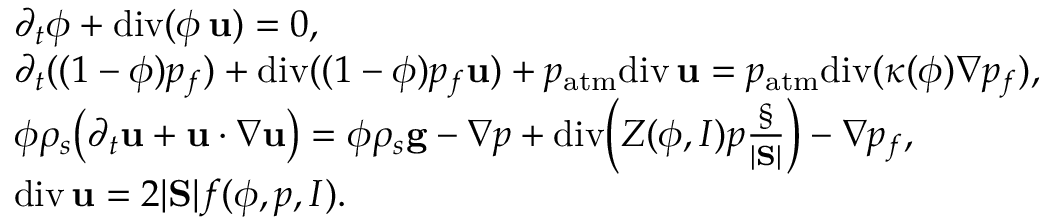
\begin{array} { r l } & { \partial _ { t } \phi + \mathrm { d i v } ( \phi \, { \bf u } ) = 0 , } \\ & { \partial _ { t } ( ( 1 - \phi ) p _ { f } ) + \mathrm { d i v } ( ( 1 - \phi ) p _ { f } { \bf u } ) + p _ { \mathrm { a t m } } \mathrm { d i v } \, { \bf u } = p _ { \mathrm { a t m } } \mathrm { d i v } ( \kappa ( \phi ) \nabla p _ { f } ) , } \\ & { \phi \rho _ { s } \big ( \partial _ { t } { \bf u } + { \bf u } \boldsymbol { \cdot } \nabla { \bf u } \big ) = \phi \rho _ { s } { \bf g } - \nabla p + \mathrm { d i v } \Big ( Z ( \phi , I ) p \frac { \S } { | \mathrm { \bf S } | } \Big ) - \nabla p _ { f } , } \\ & { \mathrm { d i v } \, { \bf u } = 2 | \mathrm { \bf S } | f ( \phi , p , I ) . } \end{array}